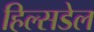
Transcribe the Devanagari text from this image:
हिल्सडेल